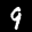
Label: 9